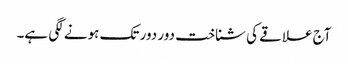
آج علاقے کی شناخت دور دور تک ہونے لگی ہے۔